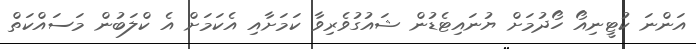
އަންނަ ކުޓީނިއޯ ހޯދުމަށް ޔުނައިޓެޑުން ޝައުގުވެރިވާ ކަމަށާއި އެކަމަށް އެ ކްލަބުން މަސައްކަތް